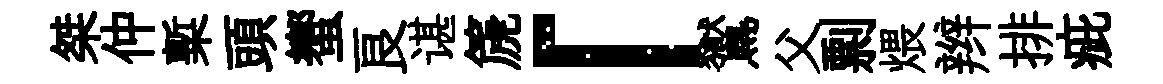
桀仲槧頭蠁良谌篪「鸑父剽煨辫排疵